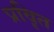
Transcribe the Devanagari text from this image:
प्रवृ़ित